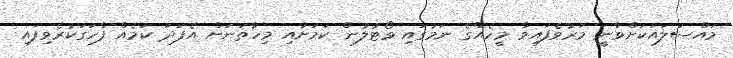
މައްސަލައަކަށްވާނީ މަރުވެފައިވާ މީހެއްގެ ނަމުގައި ވޯޓުލުން ކަމަށާއި މިހާތަނަށް އެފަދަ ކަމެއް ފާހަގަކުރެވިފައި